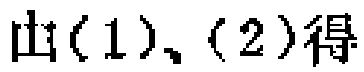
由(1)、(2)得